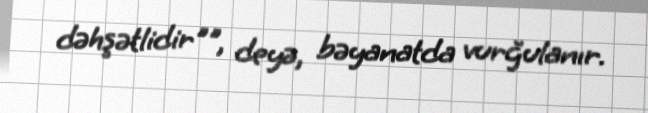
dəhşətlidir"", deyə, bəyanatda vurğulanır.